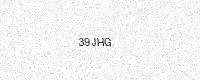
Text: 39JHG